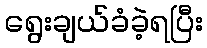
ရွေးချယ်ခံခဲ့ရပြီး